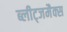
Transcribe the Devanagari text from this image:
ब्लीट्जमैक्स